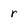
Character: r